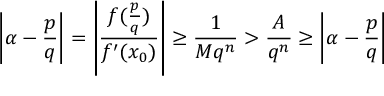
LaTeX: \left| \alpha - { \frac { p } { q } } \right| = \left| { \frac { f ( { \frac { p } { q } } ) } { f ^ { \prime } ( x _ { 0 } ) } } \right| \geq { \frac { 1 } { M q ^ { n } } } > { \frac { A } { q ^ { n } } } \geq \left| \alpha - { \frac { p } { q } } \right|